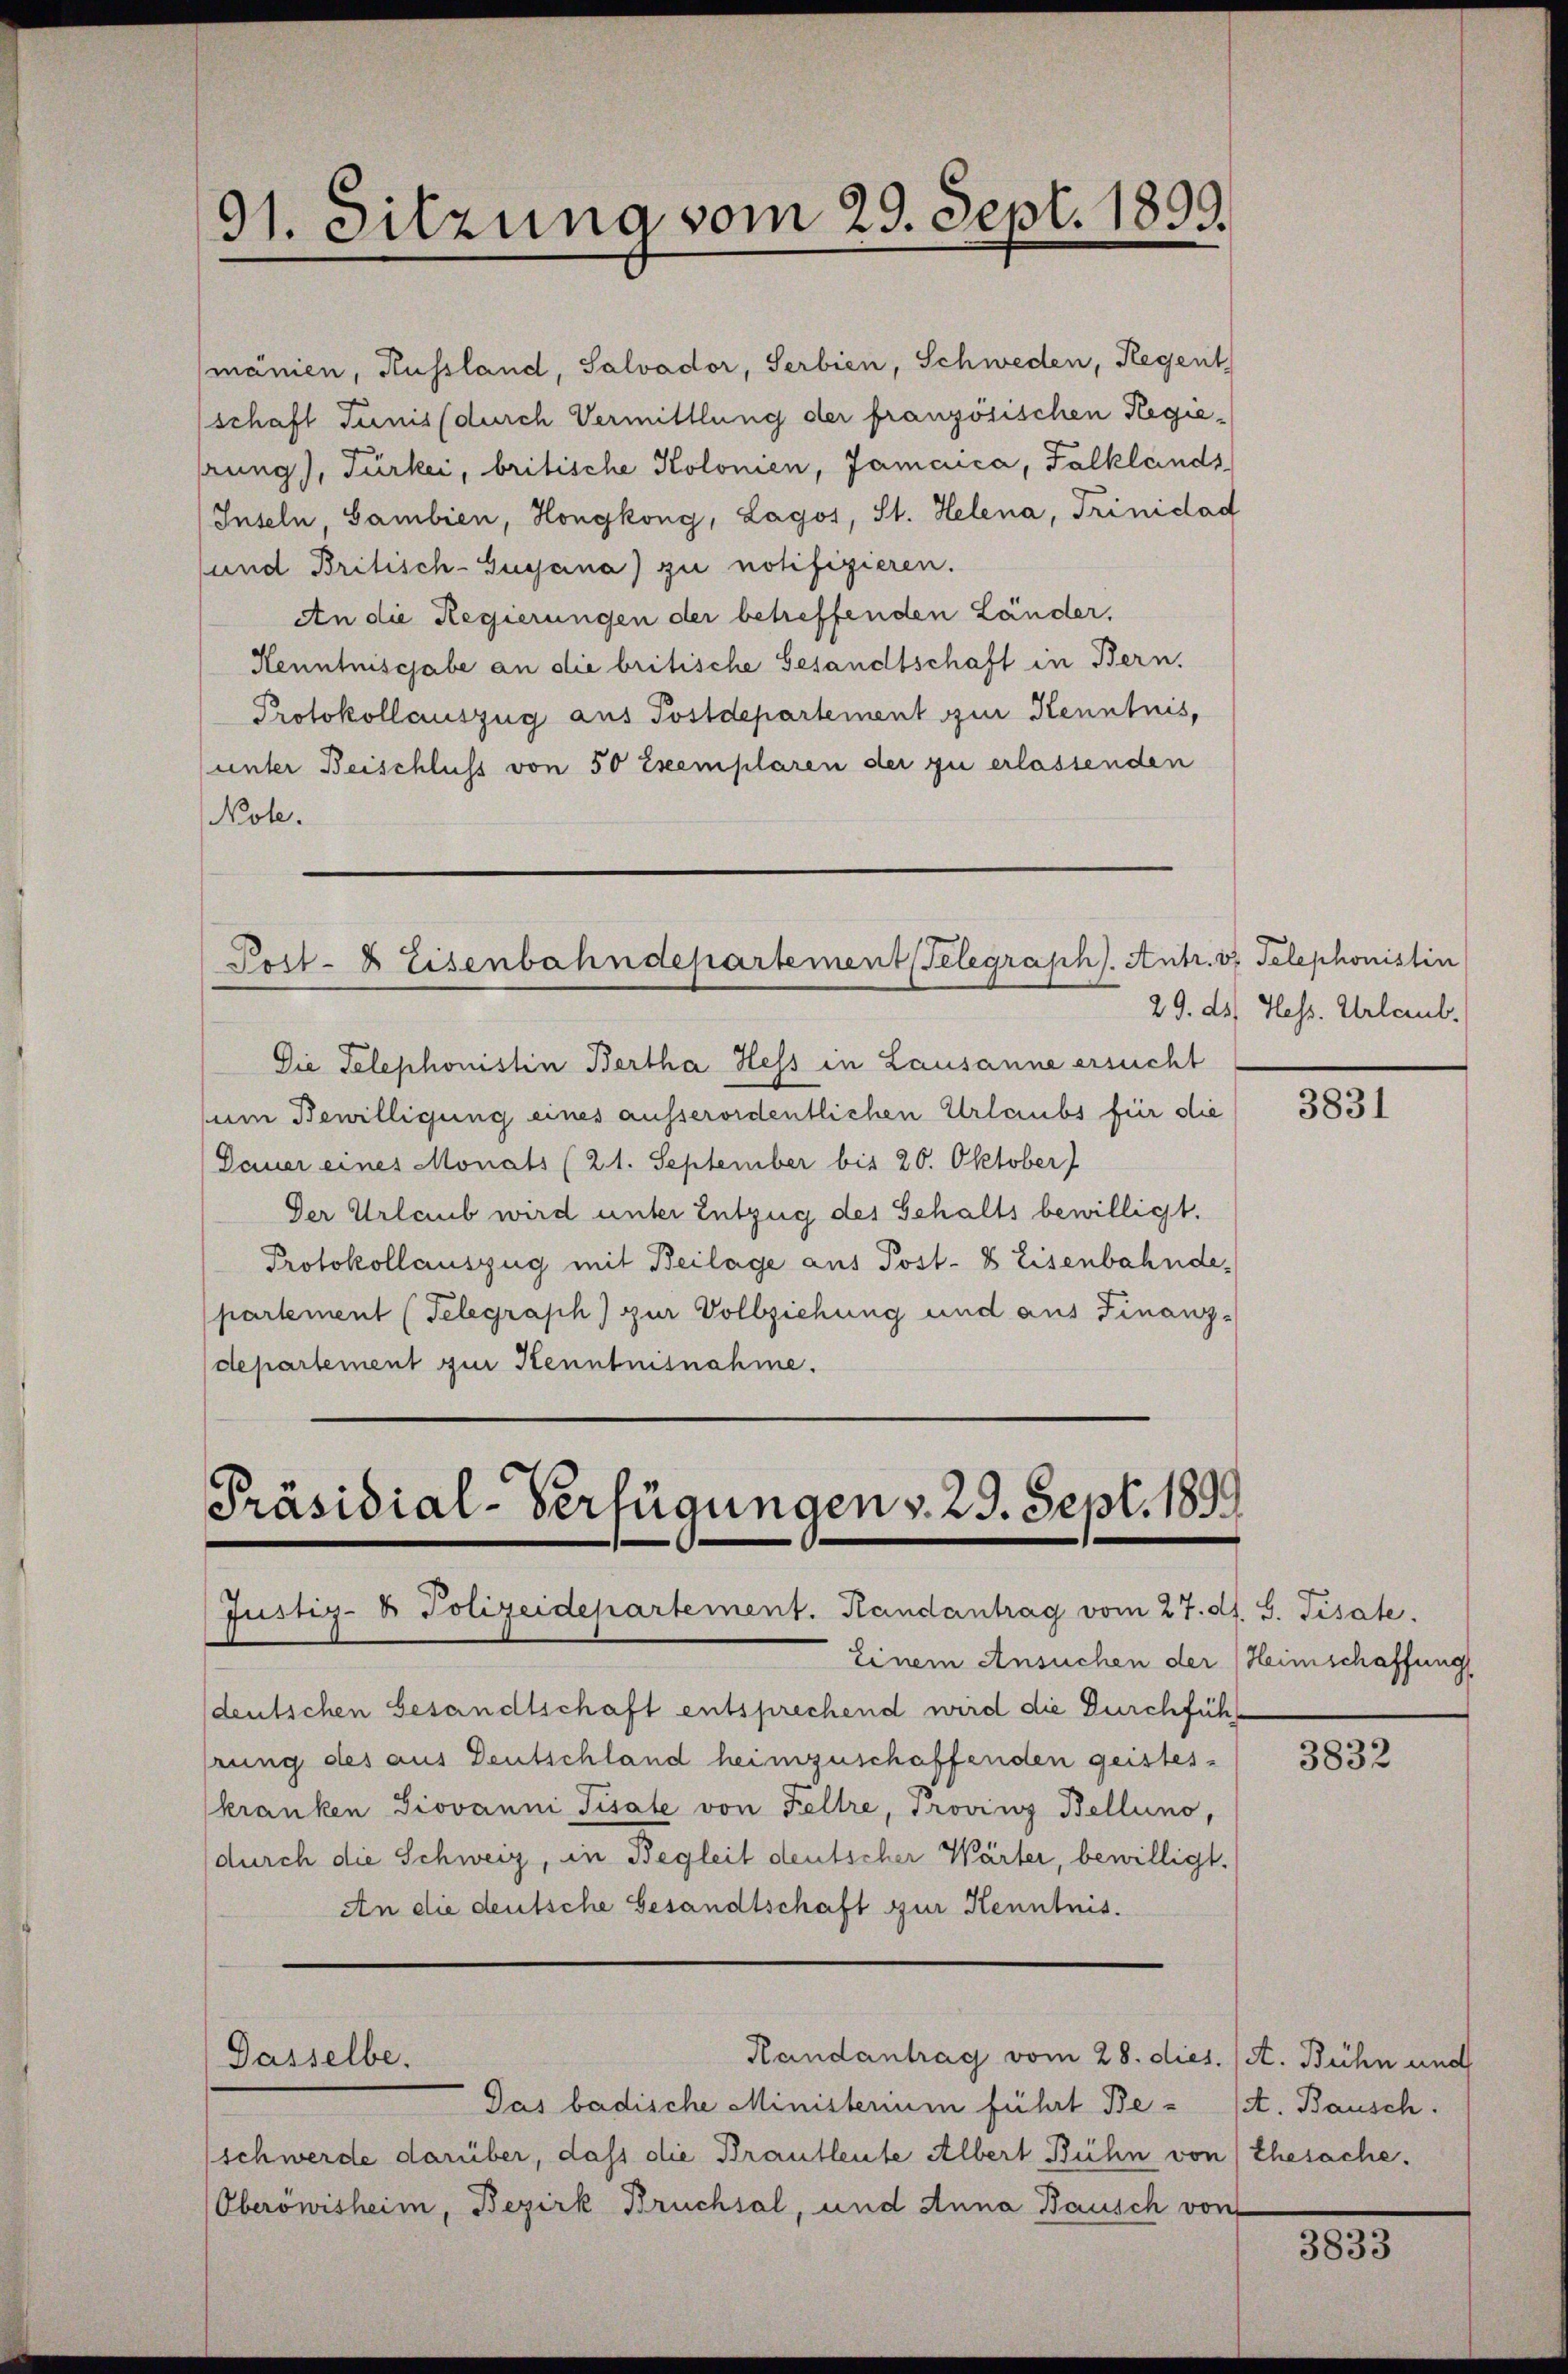
mänien, Russland, Salvador, Serbien, Schweden, Regent
schaft Junis (durch Vermittlung der französischen Regierung), Türkei, britische Kolonien, Jamcuca, Falklands
Inseln, Gambien, Hongkong, Lagos, St. Helena, Trinidad
und Britisch-Gugana) zu notifizieren.
An die Regierungen der betreffenden Länder,
Henntnisgabe an die britische Gesandtschaft in Bern.
Protokollauszug aus Postdepartement zur Kenntnis,
unter Beischluss von 50 Exemplaren der zu erlassenden
Nole.

91. Sitzung vom 29. Sept. 1899.

Post- & Eisenbahndepartement Telegraphs. Antr. v. Telephonistin

Die Telephonistin Bertha Hess in Lausanne ersucht
um Bewilligung eines ausserordentlichen Urlaubs für die
Dauer eines Monats (21. September bis 20. Oktober
Der Urlaub wird unter Entzug des Gehalts bewilligt.
Protokollauszug mit Beilage aus Post- & Eisenbahndepartement (Telegraph) zur Vollziehung und aus Finanzdepartement zur Kenntnisnahme.

Präsidial-Verfügungen v. 29. Sept. 1899
Justiz- & Polizeidepartement. Handantrag vom 27. ds. S. Fisale.

Dasselbe.

Randantrag vom 28. dies. (A. Bühn und

Einem Ansuchen der Heimschaffung
deutschen Gesandtschaft entsprechend wird die Durchführung des aus Deutschland heimzuschaffenden geisteskranken Giovanni Tisale von Feltre, Provinz Bellino,
(durch die Schweiz, in Begleit deutscher Wärter, bewilligt.
An die deutsche Gesandtschaft zur Kenntnis.

Das badische Ministerium führt Be- (St. Bausch.
schwerde darüber, dass die Brautleute Albert Bühn von (Ehesache.
Oberöwisheim, Bezirk Bruchsal, und Anna Bausch von

29. ds. Hess. Urlaub.

3831

3832

3833